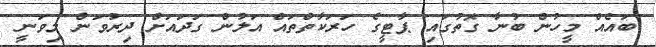
ބައެއް މީހުން ބުނާ ގޮތުގައި ޕާޓީގެ ހަރަކާތްތައް އަލުން ގަދައަށް ދިރުވަން މިވަނީ